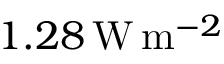
1 . 2 8 \, \mathrm { W } \, \mathrm { m } ^ { - 2 }